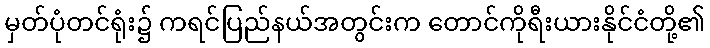
မှတ်ပုံတင်ရုံး၌ ကရင်ပြည်နယ်အတွင်းက တောင်ကိုရီးယားနိုင်ငံတို့၏